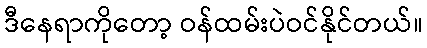
ဒီနေရာကိုတော့ ဝန်ထမ်းပဲဝင်နိုင်တယ်။